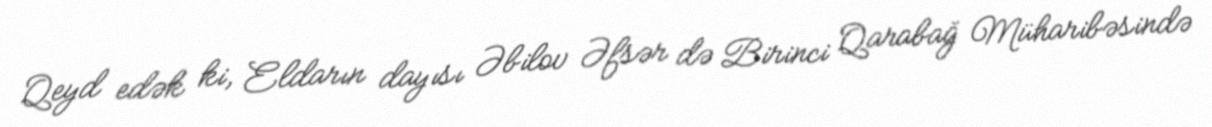
Qeyd edək ki, Eldarın dayısı Əbilov Əfsər də Birinci Qarabağ Müharibəsində